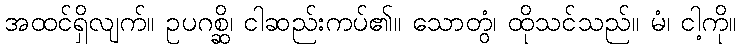
အထင်ရှိလျက်။ ဥပဂစ္ဆိ၊ ငါဆည်းကပ်၏။ သောတွံ၊ ထိုသင်သည်။ မံ၊ ငါ့ကို။